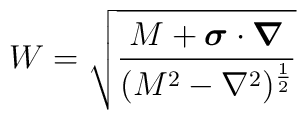
W = \sqrt{\frac{M+\mbox{\boldmath $\sigma$} \cdot \mbox{\boldmath $\nabla$}}{(M^{2} - \nabla^{2})^{\frac{1}{2}}}}